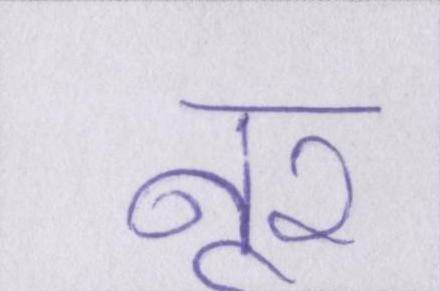
नूर